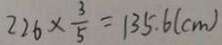
2 2 6 \times \frac { 3 } { 5 } = 1 3 5 . 6 ( c m )